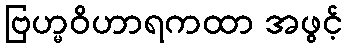
ဗြဟ္မဝိဟာရကထာ အဖွင့်